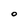
Character: O